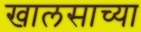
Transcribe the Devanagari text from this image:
खालसाच्या